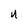
Character: U